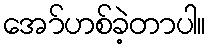
အော်ဟစ်ခဲ့တာပါ။